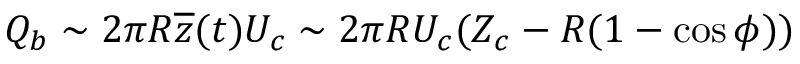
Q _ { b } \sim 2 \pi R \overline { { z } } ( t ) U _ { c } \sim 2 \pi R U _ { c } ( Z _ { c } - R ( 1 - \cos \phi ) )